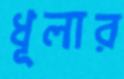
ধূলার